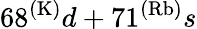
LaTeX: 68^{(\mathrm{K)}}d+71^{(\mathrm{Rb)}}s